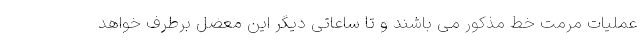
عملیات مرمت خط مذکور می باشند و تا ساعاتی دیگر این معضل برطرف خواهد